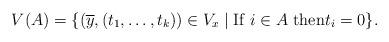
LaTeX: \begin{align*}V(A) =\{(\overline y,(t_1,\dots,t_k)) \in V_x\mid \text{If $i \in A$ then$t_i = 0$}\}.\end{align*}